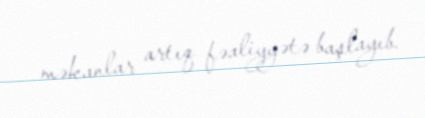
məkanlar artıq fəaliyyətə başlayıb.